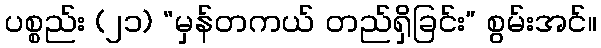
ပစ္စည်း (၂၁) “မှန်တကယ် တည်ရှိခြင်း” စွမ်းအင်။